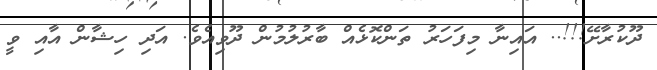
ދޫކުރާށޭ!!!.. އައިނާ މިފަހަރު ތަންކޮޅެއް ބާރުލުމުން ދޫވިއެވެ. އަދި ހިޝާން އާއި ވީ